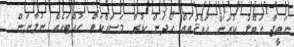
ނަތީޖާ ގަބޫލު ކުރަން ޙައްޤުތައް ހޯދަން ކުރާ މަސައްކަތް ހުއްޓައެއް ނުލާނަން